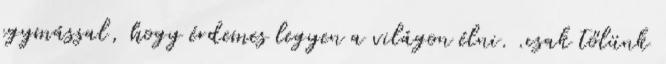
egymással, hogy érdemes legyen a világon élni. .csak tőlünk